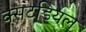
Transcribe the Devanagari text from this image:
क्सटडियल